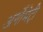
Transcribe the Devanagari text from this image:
अर्गोमेट्री